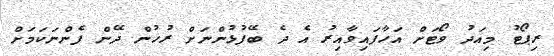
ރިޕޯޓު މިއަދު ވޯޓަށް އަހާފައިވާއިރު އެ ދެ ބޭފުޅުންނަށް ރުހުން ދޭން ފެންނަކަމަށް